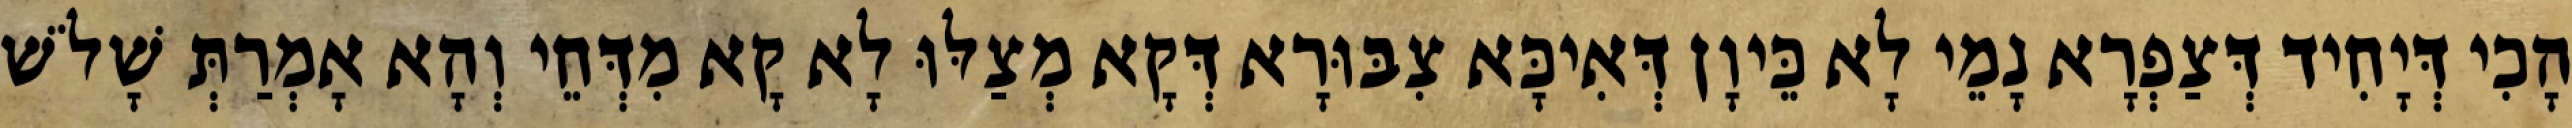
הָכִי דְּיָחִיד דְּצַפְרָא נָמֵי לָא כֵּיוָן דְּאִיכָּא צִבּוּרָא דְּקָא מְצַלּוּ לָא קָא מִדְּחֵי וְהָא אָמְרַתְּ שָׁלֹשׁ